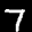
Label: 7